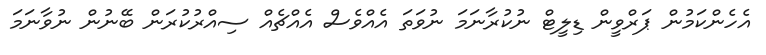
އެހެންކަމުން ޕަރްވީން ޑިލީޓް ނުކުރާނަމަ ނުވަތަ އެއްވެސް އެއްޗެއް ސިއްރުކުރަން ބޭނުން ނުވާނަމަ